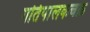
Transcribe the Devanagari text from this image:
गतिपालकचक्र